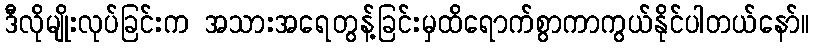
ဒီလိုမျိုးလုပ်ခြင်းက အသားအရေတွန့်ခြင်းမှထိရောက်စွာကာကွယ်နိုင်ပါတယ်နော်။